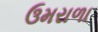
ઉમરાળા